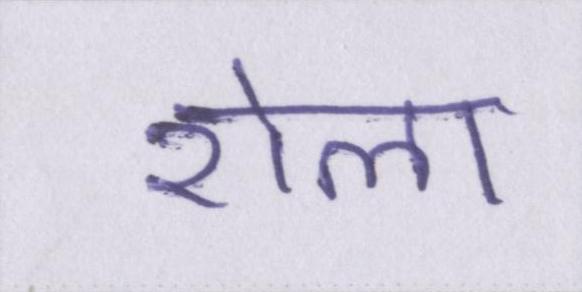
रोला